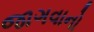
જાગવાનો